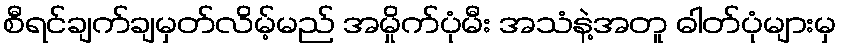
စီရင်ချက်ချမှတ်လိမ့်မည် အမှိုက်ပုံမီး အသံနဲ့အတူ ဓါတ်ပုံများမှ